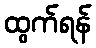
ထွက်ရန်